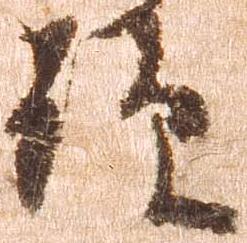
顕